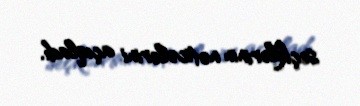
seçkilərinin nəticələrini açıqladı.